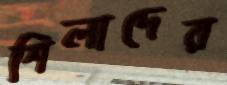
শিলাদের